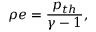
\rho e = \frac { p _ { t h } } { \gamma - 1 } ,